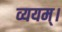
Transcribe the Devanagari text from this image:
व्ययम्।